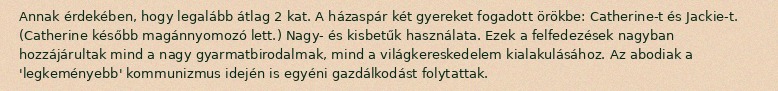
Annak érdekében, hogy legalább átlag 2 kat. A házaspár két gyereket fogadott örökbe: Catherine-t és Jackie-t. (Catherine később magánnyomozó lett.) Nagy- és kisbetűk használata. Ezek a felfedezések nagyban hozzájárultak mind a nagy gyarmatbirodalmak, mind a világkereskedelem kialakulásához. Az abodiak a 'legkeményebb' kommunizmus idején is egyéni gazdálkodást folytattak.